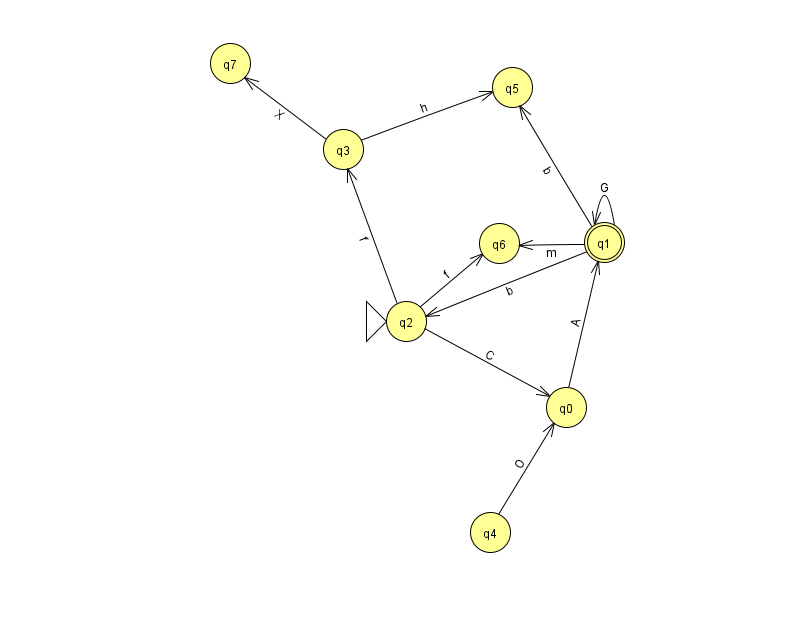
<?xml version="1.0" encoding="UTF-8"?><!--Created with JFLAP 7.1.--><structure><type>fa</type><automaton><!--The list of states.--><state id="0" name="q0"><x>566.0</x><y>394.0</y></state><state id="1" name="q1"><x>604.0</x><y>229.0</y><final/></state><state id="2" name="q2"><x>406.0</x><y>308.0</y><initial/></state><state id="3" name="q3"><x>343.0</x><y>136.0</y></state><state id="4" name="q4"><x>490.0</x><y>519.0</y></state><state id="5" name="q5"><x>512.0</x><y>74.0</y></state><state id="6" name="q6"><x>499.0</x><y>230.0</y></state><state id="7" name="q7"><x>230.0</x><y>50.0</y></state><!--The list of transitions.--><transition><from>2</from><to>0</to><read>C</read></transition><transition><from>1</from><to>6</to><read>m</read></transition><transition><from>2</from><to>3</to><read>f</read></transition><transition><from>0</from><to>1</to><read>A</read></transition><transition><from>3</from><to>5</to><read>h</read></transition><transition><from>4</from><to>0</to><read>O</read></transition><transition><from>1</from><to>1</to><read>G</read></transition><transition><from>1</from><to>2</to><read>b</read></transition><transition><from>1</from><to>5</to><read>b</read></transition><transition><from>2</from><to>6</to><read>f</read></transition><transition><from>3</from><to>7</to><read>X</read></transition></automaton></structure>